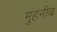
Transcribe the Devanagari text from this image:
मुहनीब